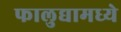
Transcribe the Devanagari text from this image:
फालुद्यामध्ये